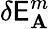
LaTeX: \delta\mathsf{E}_{\mathbf{{A}}}^{m}